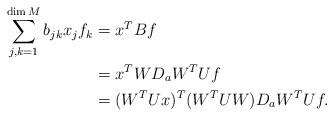
LaTeX: \begin{align*}\sum_{j, k = 1}^{\dim M} b_{jk} x_j f_k &= x^T B f \\&= x^T WD_aW^TUf \\&= (W^TU x)^T (W^T U W) D_a W^T U f.\end{align*}